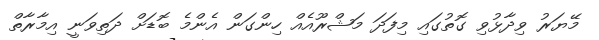
މޭޔަރު ވިދާޅުވި ގޮތުގައި މިފަދަ މަޝްރޫއެއް ހިންގަން އެންމެ ބޮޑަށް ދަތިވަނީ އިމާރާތް